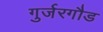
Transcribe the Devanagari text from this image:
गुर्जरगौड